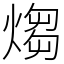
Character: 煼